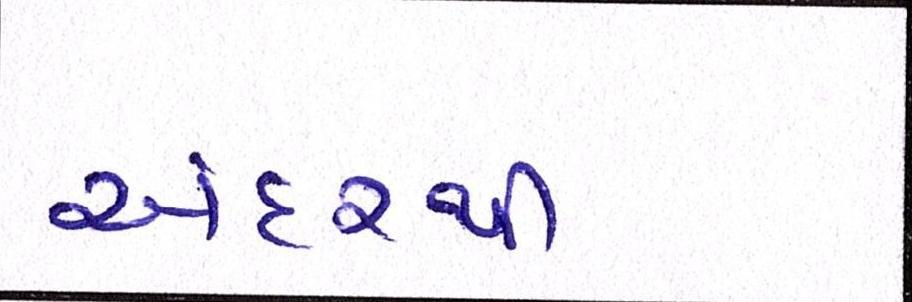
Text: અંદરથી